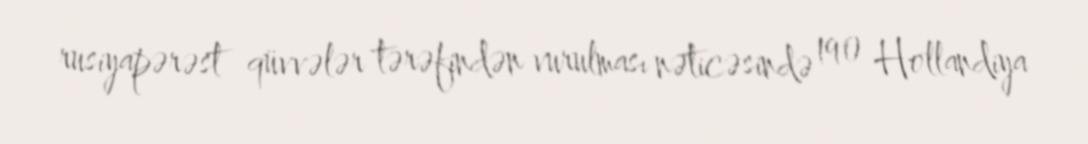
rusiyapərəst qüvvələr tərəfindən vurulması nəticəsində 190 Hollandiya